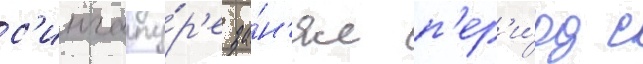
с'ингапу́р'е за́н'ял п'ер'и́од с